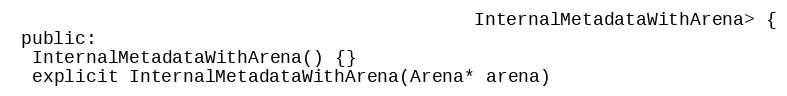
Language: C
                                           InternalMetadataWithArena> {
 public:
  InternalMetadataWithArena() {}
  explicit InternalMetadataWithArena(Arena* arena)